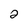
Character: 2